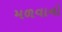
મળવાનો